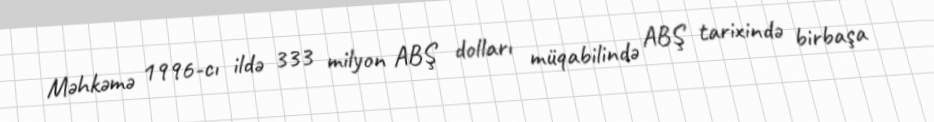
Məhkəmə 1996-cı ildə 333 milyon ABŞ dolları müqabilində ABŞ tarixində birbaşa